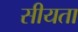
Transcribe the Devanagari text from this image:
सीयता